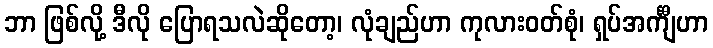
ဘာ ဖြစ်လို့ ဒီလို ပြောရသလဲဆိုတော့၊ လုံချည်ဟာ ကုလားဝတ်စုံ၊ ရှပ်အင်္ကျီဟာ